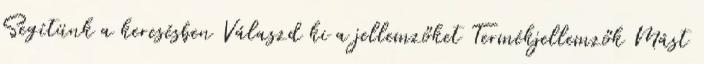
Segítünk a keresésben Válaszd ki a jellemzőket Termékjellemzők Mást